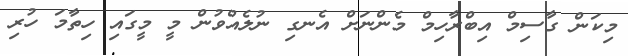
މިކަން ގާސިމް އިބްރާހިމް މެންނަށް އެނގި ނުލެއްވުން މީ މީގައި ހިތާމަ ހުރި